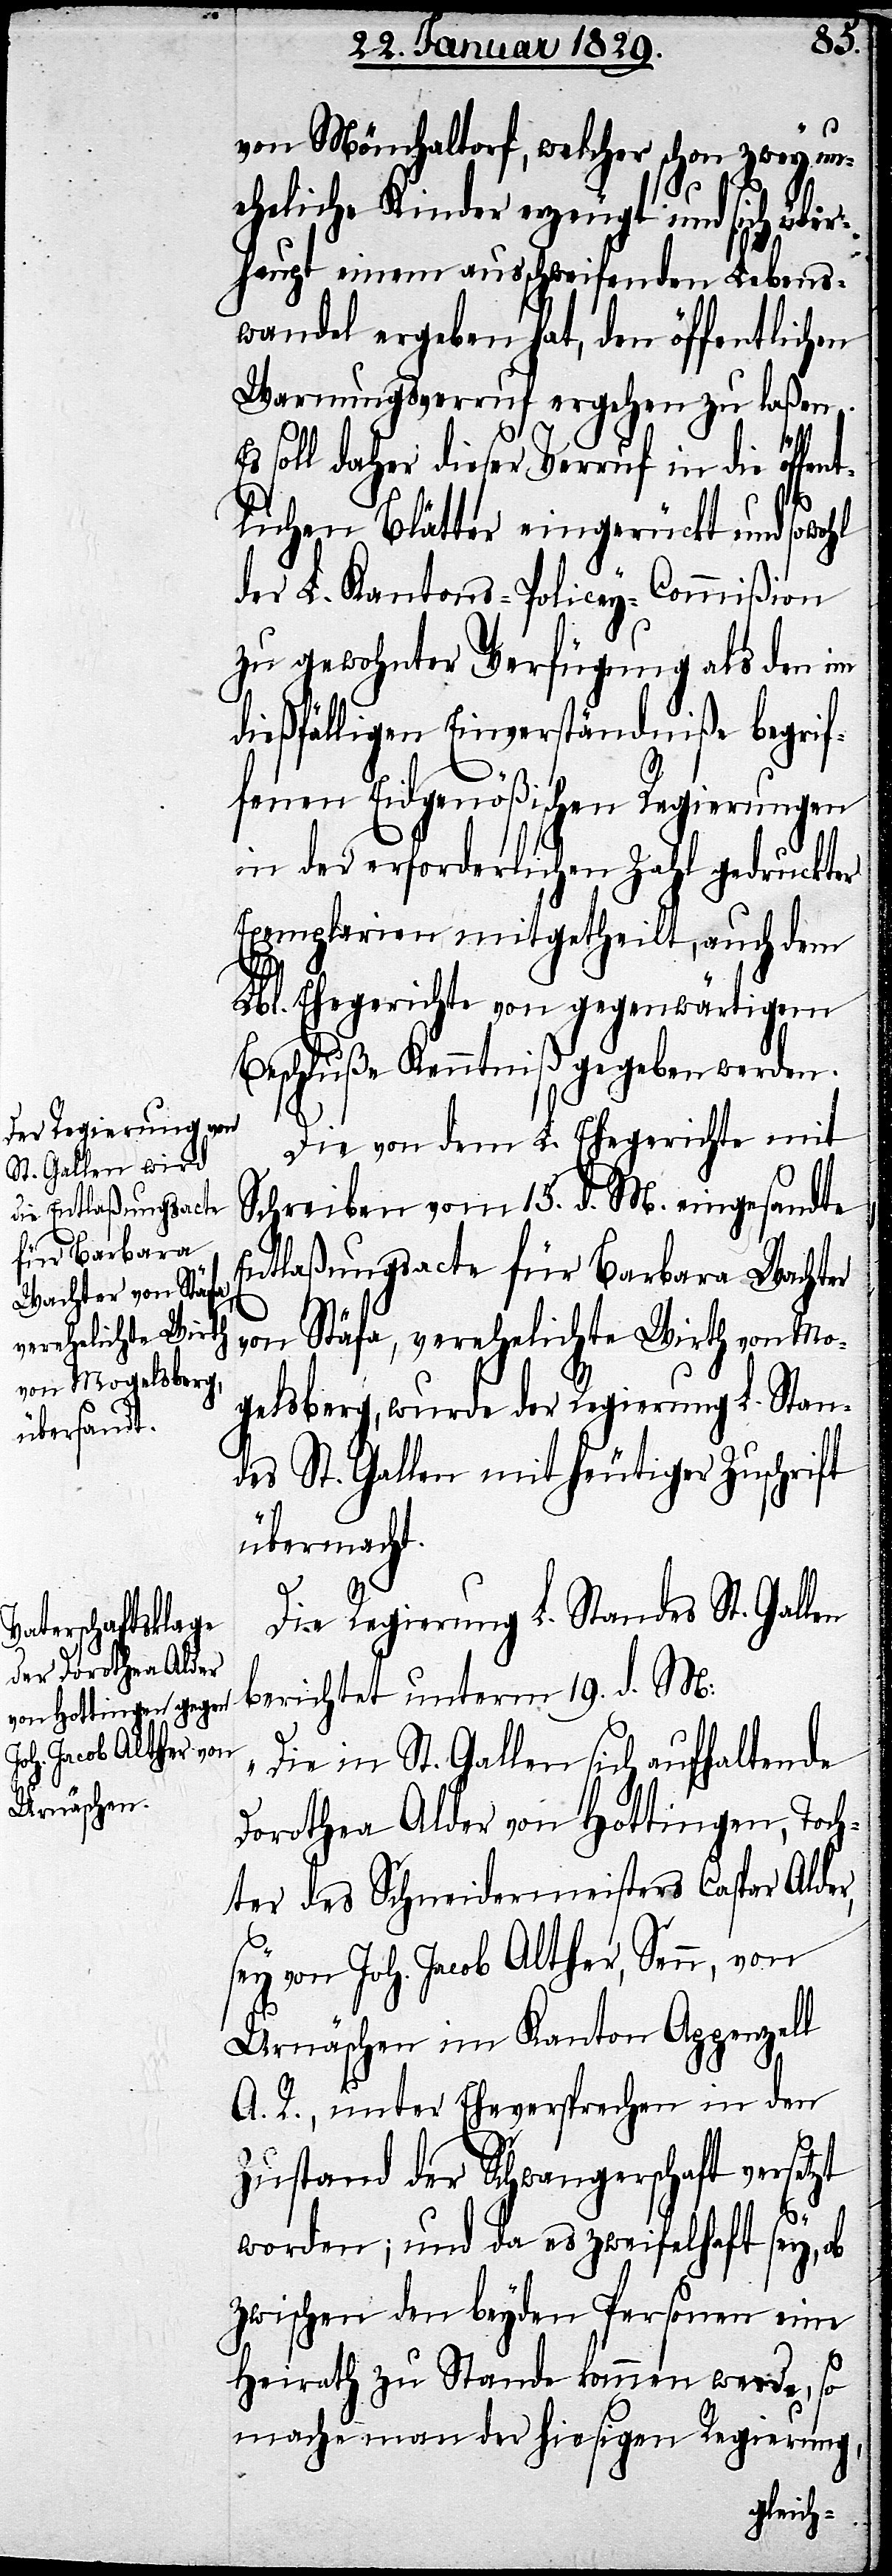
von Mönchaltorf, welcher schon zwey un¬
eheliche Kinder erzeugt und sich übe¬
rhaupt einem ausschweifenden Lebens¬
wandel ergeben hat, den öffentlichen
Warnungsverruf ergehen zu laßen.
Es
soll daher dieser Verruf in die öffen¬
tlichen Blätter eingerückt und sowohl
der L. Kantons-Policey-Commißion
zu gewohnter Verfügung als den im
dießfälligen Einverständniße begrif¬
fenen Eidgenößischen Regierungen
in der erforderlichen Zahl gedruckter
Exemplarien mitgetheilt, auch dem
Lbl. Ehegericht von gegenwärtigem
Beschluß Kenntniß gegeben werden.
Die von dem L. Ehegerichte mit
Schreiben vom 15. d. M. eingesandte
Entlaßungsacte für Barbara Wachter
von Stäfa, verehelichte Wirth von Mo¬
gelsberg, wurde der Regierung L. Stan¬
des St. Gallen mit heutiger Zuschrift
übermacht.
Die Regierung L. Standes St. Gallen
berichtet unterm 19. d. M:
„Die in St. Gallen sich aufhaltende
Dorothea Alder von Hottingen, Toch¬
ter des Schneidermeisters Caspar Alder,
sey von Joh. Jacob Alther, Senn, von
Urnäschen im Kanton Appenzell
A. R., unter Eheversprechen in den
Zustand der Schwangerschaft versetzt
worden; und da es zweifelhaft sey, ob
zwischen beyden Personen eine
Heirath zu Stande kommen werde, so
mache man der hiesigen Regierung,